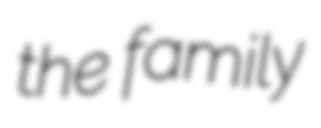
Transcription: the family